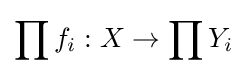
\prod f_{i}:X\to \prod Y_{i}